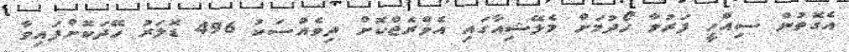
އެގޮތުން ސިއްހީ ފަރުވާ ހޯދުމަށް މެލޭޝިއާގައި އެވްރެޖްކޮށް ދިވެއްސަކު 496 ޑޮލަރު ހޭދަކޮށްފައިވާ